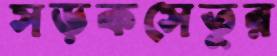
সড়কসেতুর